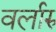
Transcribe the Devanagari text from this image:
वर्लारु